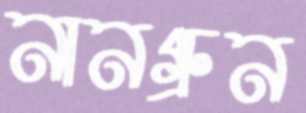
নানগ্রুন